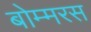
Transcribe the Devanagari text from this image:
बोम्मरस